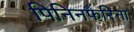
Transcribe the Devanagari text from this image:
पिनिनफैरिना